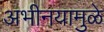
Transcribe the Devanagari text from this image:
अभीनयामुळे